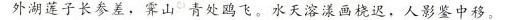
外湖莲子长参差，霁山^{①}青处鸥飞。水天溶漾画烧迟，人影鉴中移。